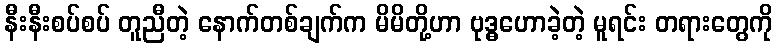
နီးနီးစပ်စပ် တူညီတဲ့ နောက်တစ်ချက်က မိမိတို့ဟာ ဗုဒ္ဓဟောခဲ့တဲ့ မူရင်း တရားတွေကို